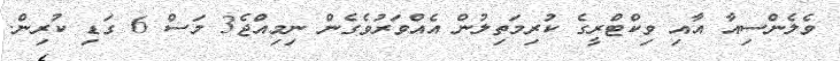
ވެލެންސިއާ އާއި ވިކްޓްރީގެ ކުރިމަތިލުން އެއްވަރުވެގެން ނިމިއްޖެ3 މަސް 6 ގަޑި ކުރިން.